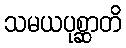
သမယပုစ္ဆာတိ